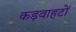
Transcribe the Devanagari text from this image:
कड़वाहटों